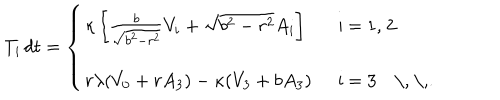
T _ { i } \, d t = \left\{ \left\{ \begin{cases} { { \kappa \left[ { \frac { b } { \sqrt { b ^ { 2 } - r ^ { 2 } } } } V _ { i } + \sqrt { b ^ { 2 } - r ^ { 2 } } A _ { i } \right] \, } } & { { i = 1 , 2 } } \\ { { r \lambda ( V _ { 0 } + r A _ { 3 } ) - \kappa ( V _ { 3 } + b A _ { 3 } ) \, } } & { { i = 3 \, \, . } } \\ \end{cases} \right. \right.